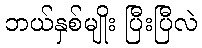
ဘယ်နှစ်မျိုး ပြီးပြီလဲ